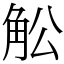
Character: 䚗